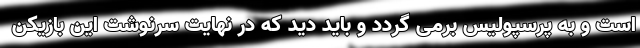
است و به پرسپولیس برمی گردد و باید دید که در نهایت سرنوشت این بازیکن